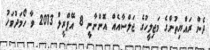
ދެން ރައްޔިތުންގެ މަޖިލީހުގެ ޖަލްސާއެއް އޮންނާނީ 8 އޭޕްރީލް 2013 ވާ ހޯމަދުވަހު